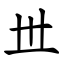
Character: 丗